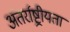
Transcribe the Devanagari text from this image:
अंतर्राष्ट्रीयता